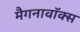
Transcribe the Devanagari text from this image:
मैगनावॉक्स